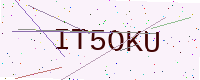
Text: IT5OKU